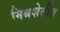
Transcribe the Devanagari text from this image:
मिश्रशेतींत